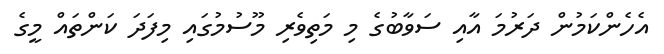
އެހެންކަމުން ދަރުމަ އާއި ސަވާބުގެ މި މަތިވެރި މޫސުމުގައި މިފަދަ ކަންތައް މީގެ